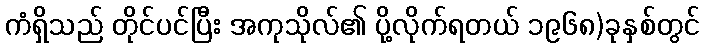
ကံရှိသည် တိုင်ပင်ပြီး အကုသိုလ်၏ ပို့လိုက်ရတယ် ၁၉၆၈)ခုနှစ်တွင်